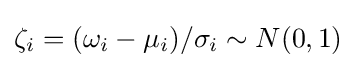
\zeta _{i}=(\omega _{i}-\mu _{i})/\sigma _{i}\sim N(0,1)